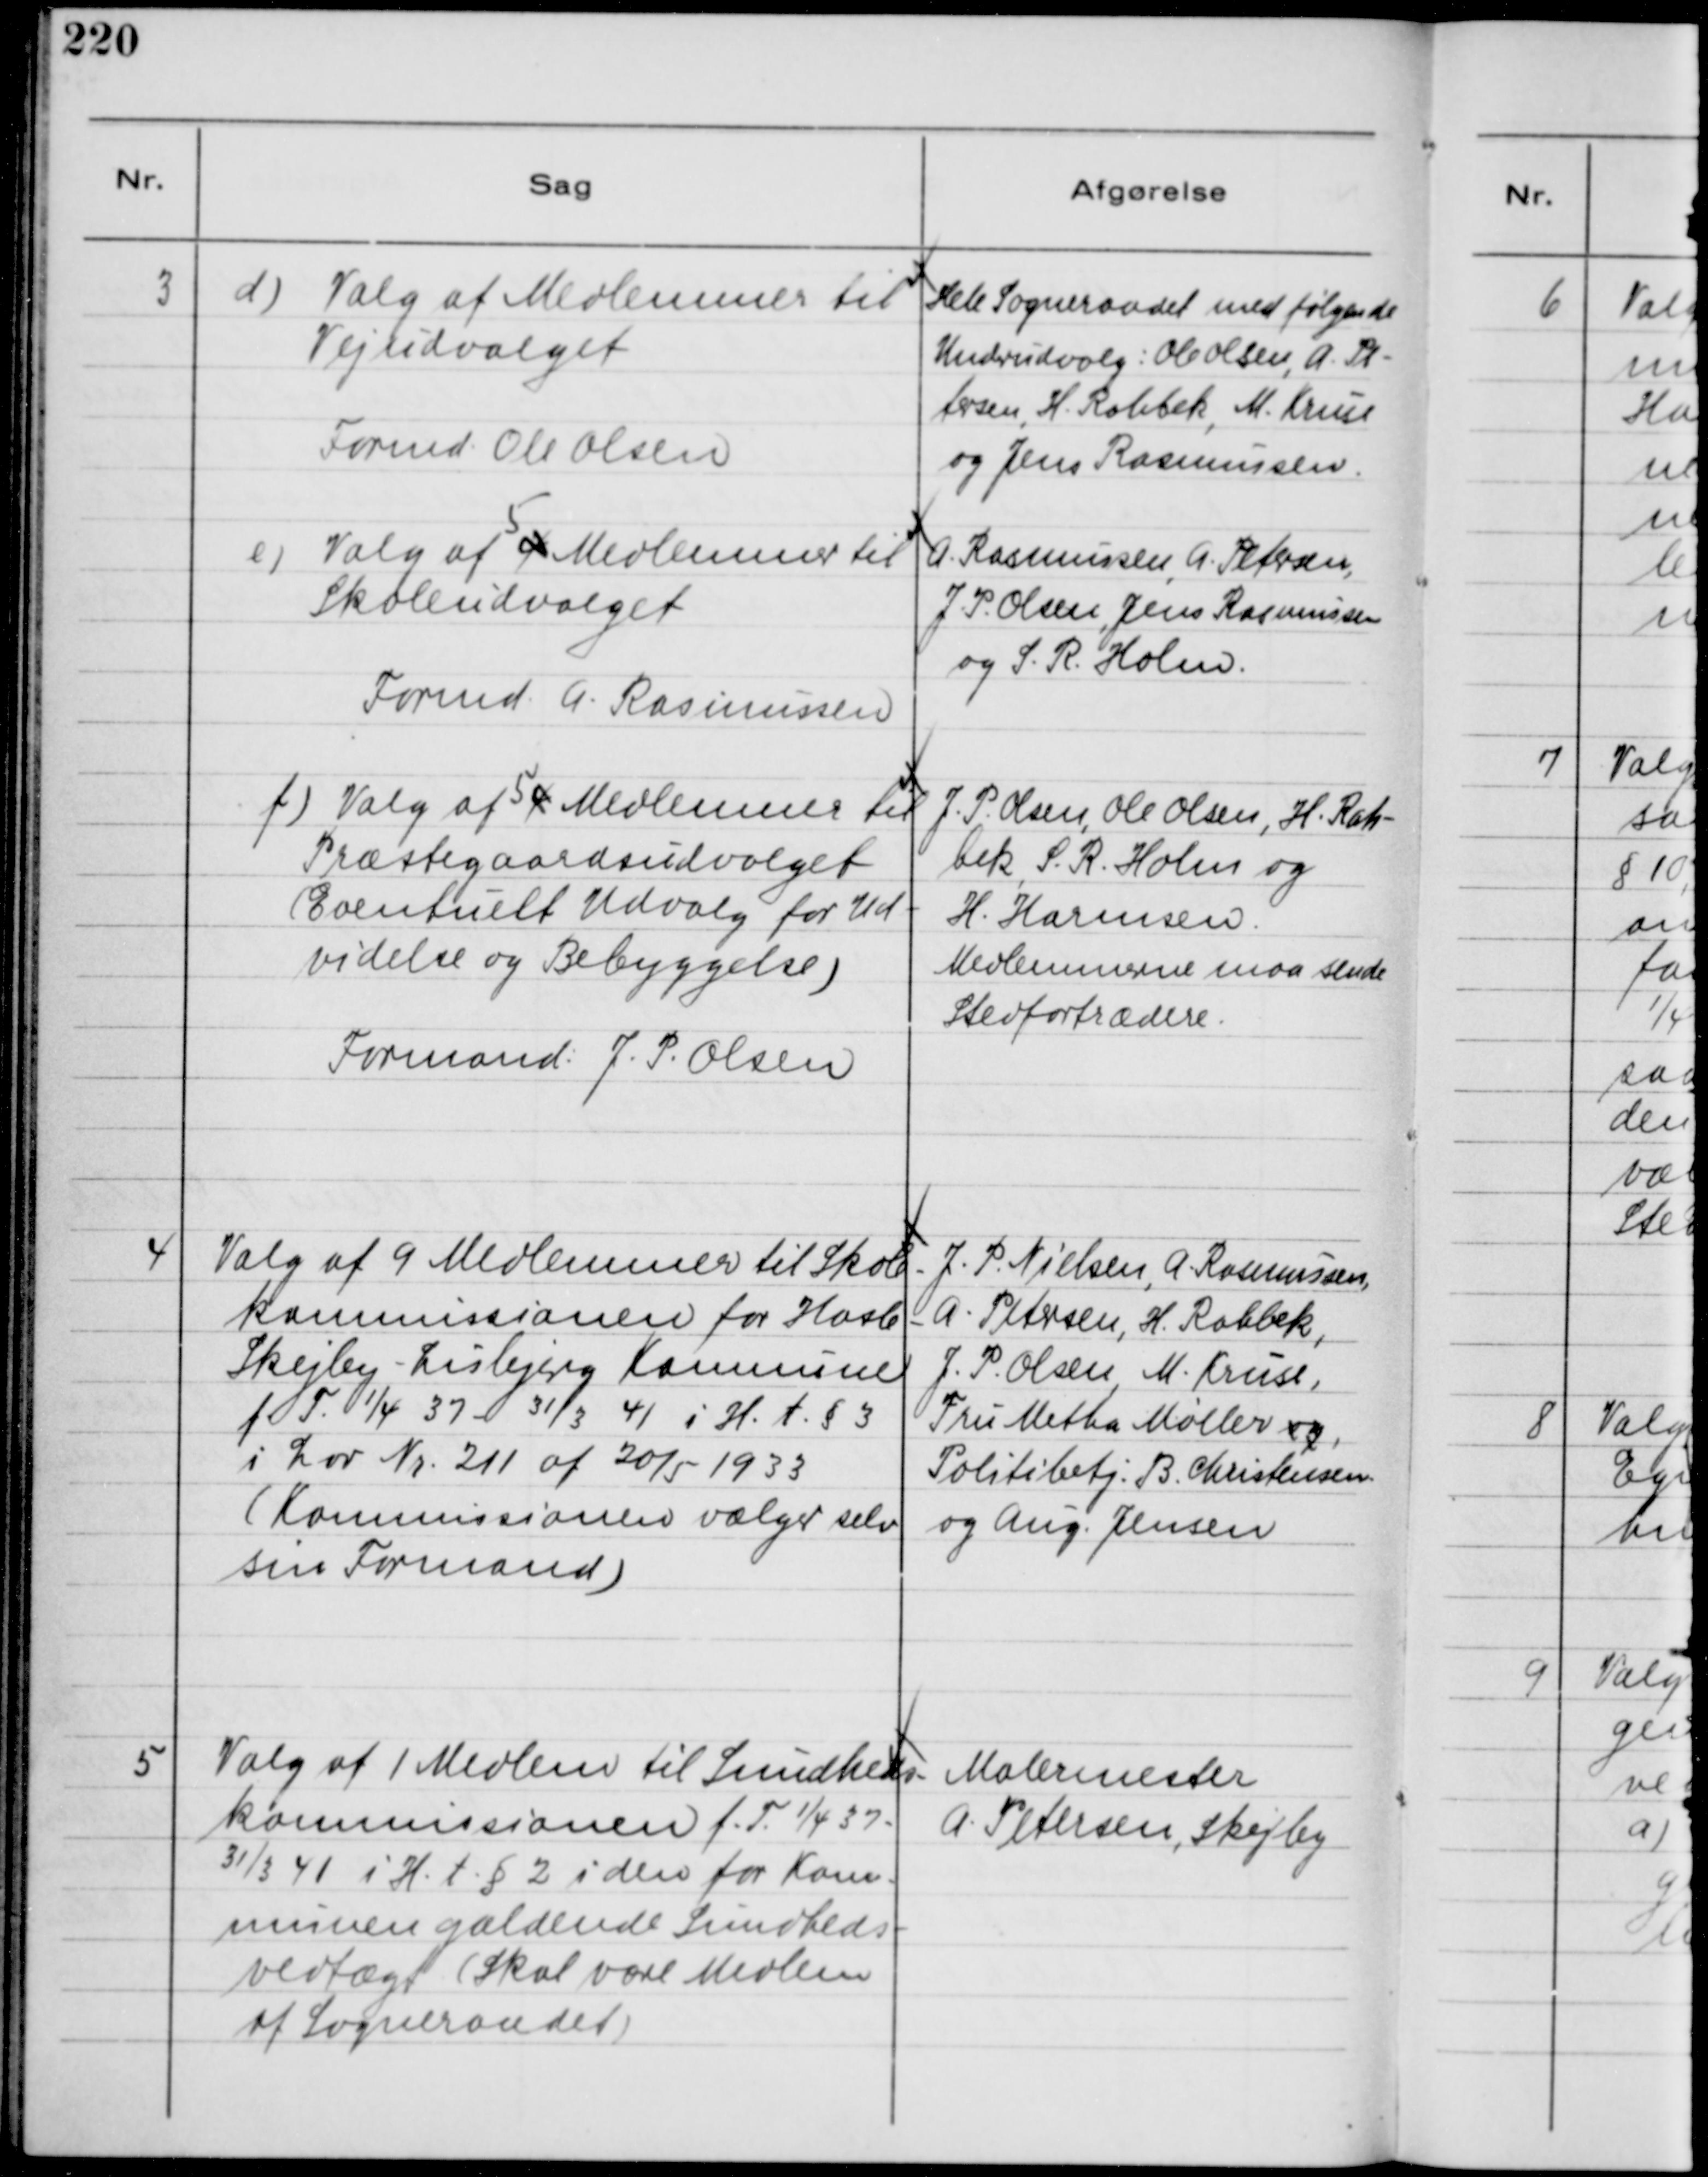
Transskription:
3
d)
Valg af Medlemmer til
Vejudvalget
Formd. Ole Olsen

Hele Sogneraadet med følgende
Underudvalg: Ole Olsen, A. Pe-
tersen, H. Rahbek, M. Kruse
og Jens Rasmussen.

e) Valg af 4
5
Medlemmer til
Skoleudvalget
Formd. A. Rasmussen

A. Rasmussen, A. Petersen,
J. P. Olsen, Jens Rasmussen
og S. R. Holm.

f) Valg af 4
5
Medlemner til
Præstegaardsudvalget
( Eventuelt Udvalg for Ud-
videlse og Bebyggelse )
Formand: J. P. Olsen

J. P. Olsen, Ole Olsen, H. Rah-
bek, S. R. Holm og
H. Harmsen.
Medlemmerne maa sende
Stedfortrædere.

4
Valg af 9 Medlemmer til Skole-
kommissionen for Hasle -
Skejby - Lisbjerg Komnune
f. T. 1/4 37 - 31/3 41 i H. t. § 3
i Lov Nr. 211 af 20/5 1933
( Kommissionen vælger selv
sin Formand )

J. P. Nielsen, A. Rasmussen,
A. Petersen, H. Rahbek,
J. P. Olsen, M. Kruse,
Fru Metha Møller og,
Politibetj: B. Christensen
og Aug. Jensen

5
Valg af 1 Medlem til Sundheds-
kommissionen f. T. 1/4 37 -
31/3 41 i H. t. § 2 i den for Kom-
munen gældende Sundheds-
vedtægt ( Skal være Medlem
af Sogneraadet )

Malermester
A. Petersen, Skejby